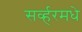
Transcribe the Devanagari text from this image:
सर्व्हरमधे